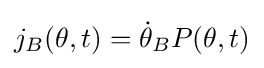
j_{B}(\theta ,t)={\dot {\theta }}_{B}P(\theta ,t)